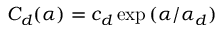
C _ { d } ( \alpha ) = c _ { d } \exp { ( \alpha / \alpha _ { d } ) }